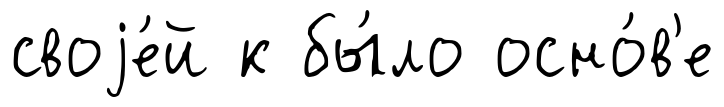
своjе́й к бы́ло осно́в'е